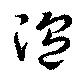
温